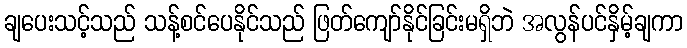
ချပေးသင့်သည် သန့်စင်ပေနိုင်သည် ဖြတ်ကျော်နိုင်ခြင်းမရှိဘဲ အလွန်ပင်နှိမ့်ချကာ